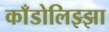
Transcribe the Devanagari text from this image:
काँडोलिझ्झा